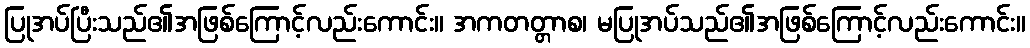
ပြုအပ်ပြီးသည်၏အဖြစ်ကြောင့်လည်းကောင်း။ အကတတ္တာစ၊ မပြုအပ်သည်၏အဖြစ်ကြောင့်လည်းကောင်း။